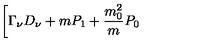
\biggl [ \Gamma _ { \nu } D _ { \nu } + m P _ { 1 } + \frac { m _ { 0 } ^ { 2 } } { m } P _ { 0 }